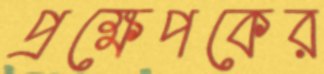
প্রক্ষেপকের